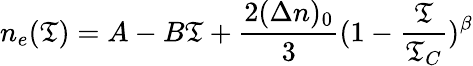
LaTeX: {n_{e}}(\mathfrak{T})=A-B\mathfrak{T}+\frac{{2(\Delta{n})_{0}}}{{3}}(1-\frac{{\mathfrak{T}}}{{\mathfrak{T}_{C}}})^{\beta}